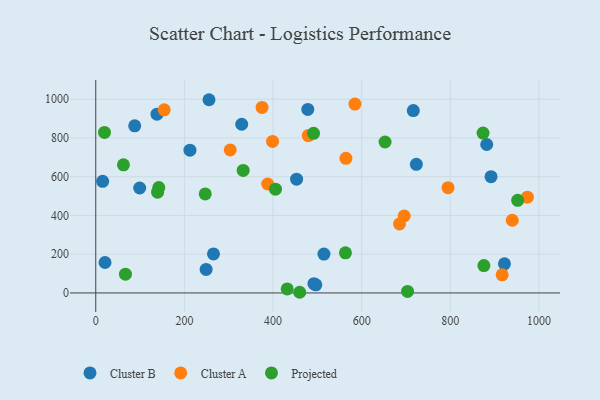
{"axis": {"x": "Distance", "y": "Sales"}, "legend": ["Cluster A", "Cluster B", "Projected"], "data": [{"x": "891.8", "y": 600.2, "type": "Cluster B"}, {"x": "212.5", "y": 736.8, "type": "Cluster B"}, {"x": "922.1", "y": 150.3, "type": "Cluster B"}, {"x": "87.9", "y": 862.8, "type": "Cluster B"}, {"x": "514.8", "y": 200.8, "type": "Cluster B"}, {"x": "496.5", "y": 42.1, "type": "Cluster B"}, {"x": "882.1", "y": 766.3, "type": "Cluster B"}, {"x": "249.0", "y": 121.6, "type": "Cluster B"}, {"x": "20.9", "y": 157.3, "type": "Cluster B"}, {"x": "265.6", "y": 201.2, "type": "Cluster B"}, {"x": "492.2", "y": 48.0, "type": "Cluster B"}, {"x": "329.3", "y": 870.8, "type": "Cluster B"}, {"x": "255.5", "y": 997.4, "type": "Cluster B"}, {"x": "723.3", "y": 664.1, "type": "Cluster B"}, {"x": "716.4", "y": 941.3, "type": "Cluster B"}, {"x": "478.4", "y": 947.5, "type": "Cluster B"}, {"x": "138.1", "y": 922.8, "type": "Cluster B"}, {"x": "15.5", "y": 576.3, "type": "Cluster B"}, {"x": "99.1", "y": 541.8, "type": "Cluster B"}, {"x": "453.1", "y": 587.5, "type": "Cluster B"}, {"x": "939.7", "y": 375.4, "type": "Cluster A"}, {"x": "973.8", "y": 494.2, "type": "Cluster A"}, {"x": "695.9", "y": 397.1, "type": "Cluster A"}, {"x": "685.3", "y": 356.3, "type": "Cluster A"}, {"x": "794.8", "y": 543.2, "type": "Cluster A"}, {"x": "564.4", "y": 694.9, "type": "Cluster A"}, {"x": "375.2", "y": 957.7, "type": "Cluster A"}, {"x": "916.9", "y": 93.6, "type": "Cluster A"}, {"x": "387.9", "y": 562.3, "type": "Cluster A"}, {"x": "584.8", "y": 974.8, "type": "Cluster A"}, {"x": "479.4", "y": 812.5, "type": "Cluster A"}, {"x": "154.5", "y": 945.1, "type": "Cluster A"}, {"x": "398.9", "y": 782.1, "type": "Cluster A"}, {"x": "303.4", "y": 738.1, "type": "Cluster A"}, {"x": "652.7", "y": 779.1, "type": "Projected"}, {"x": "332.6", "y": 632.7, "type": "Projected"}, {"x": "142.2", "y": 544.1, "type": "Projected"}, {"x": "873.8", "y": 825.4, "type": "Projected"}, {"x": "703.5", "y": 7.7, "type": "Projected"}, {"x": "563.3", "y": 207.3, "type": "Projected"}, {"x": "139.5", "y": 520.2, "type": "Projected"}, {"x": "247.0", "y": 511.1, "type": "Projected"}, {"x": "19.7", "y": 828.7, "type": "Projected"}, {"x": "431.9", "y": 20.9, "type": "Projected"}, {"x": "62.5", "y": 661.3, "type": "Projected"}, {"x": "67.0", "y": 96.8, "type": "Projected"}, {"x": "951.9", "y": 478.0, "type": "Projected"}, {"x": "405.5", "y": 535.7, "type": "Projected"}, {"x": "491.4", "y": 824.1, "type": "Projected"}, {"x": "460.1", "y": 3.5, "type": "Projected"}, {"x": "875.7", "y": 141.3, "type": "Projected"}]}